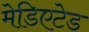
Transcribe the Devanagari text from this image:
मेडिएटेड